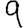
Digit: 9